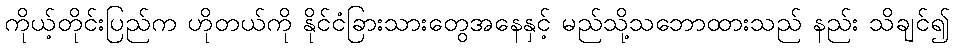
ကိုယ့်တိုင်းပြည်က ဟိုတယ်ကို နိုင်ငံခြားသားတွေအနေနှင့် မည်သို့သဘောထားသည် နည်း သိချင်၍